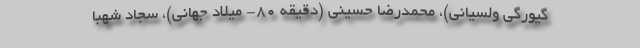
گیورگی ولسیانی)، محمدرضا حسینی (دقیقه ۸۰- میلاد جهانی)، سجاد شهبا